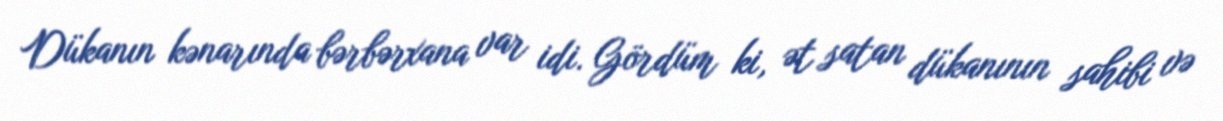
Dükanın kənarında bərbərxana var idi. Gördüm ki, ət satan dükanının sahibi və